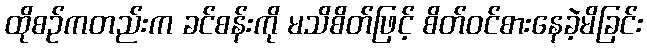
ထိုစဉ်ကတည်းက ခင်စန်းကို မသိစိတ်ဖြင့် စိတ်ဝင်စားနေခဲ့မိခြင်း